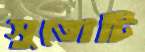
সুতোটি